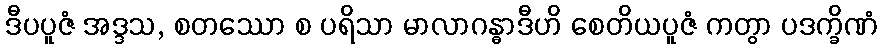
ဒီပပူဇံ အဒ္ဒသ, စတဿော စ ပရိသာ မာလာဂန္ဓာဒီဟိ စေတိယပူဇံ ကတွာ ပဒက္ခိဏံ